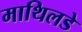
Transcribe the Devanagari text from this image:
माथिलडे